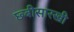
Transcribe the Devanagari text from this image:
छ्बीसारखी